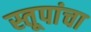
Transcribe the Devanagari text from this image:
स्तूपांचा